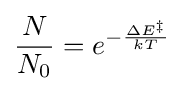
{\frac {N}{N_{0}}}=e^{-{\frac {\Delta E^{\ddagger }}{kT}}}